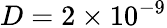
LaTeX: D=2\times 10^{-9}